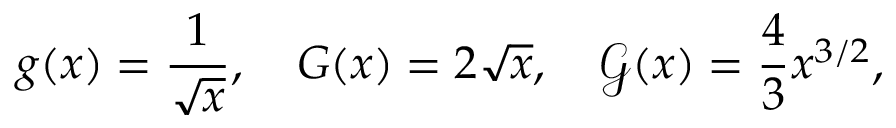
g ( x ) = \frac { 1 } { \sqrt { x } } , \quad G ( x ) = 2 \sqrt { x } , \quad \mathcal { G } ( x ) = \frac { 4 } { 3 } x ^ { 3 / 2 } , \quad